Annual administration report of the Bombay Presidency - 1887-1892
Year: 1887
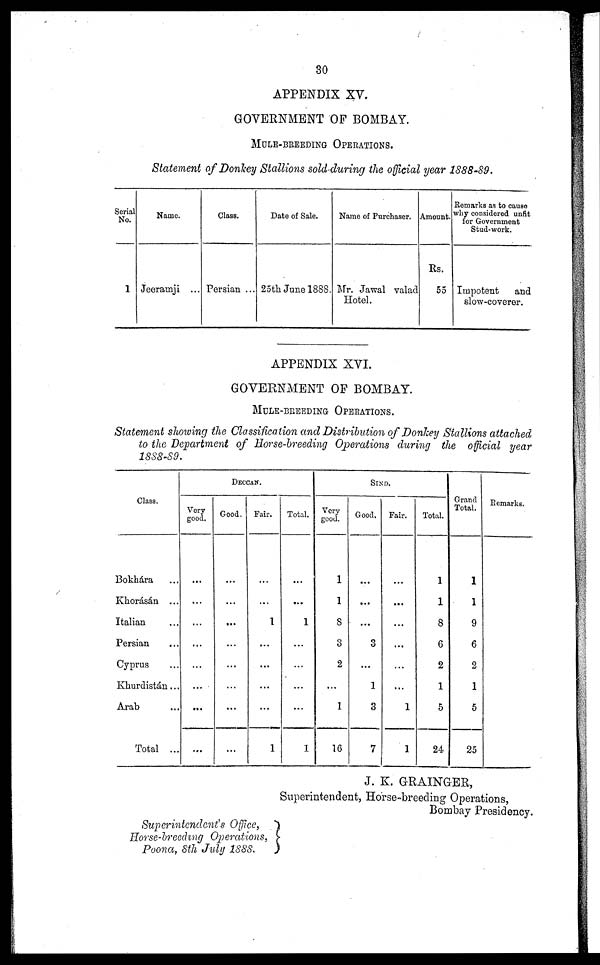
30
APPENDIX XV.
GOVERNMENT OF BOMBAY.
MULE-BREEDING OPERATIONS.
Statement of Donkey Stallions sold-during the official year 1888-89.
Serial
No.
1
Name.
Jeeramji ...
Class.
Persian ...
Date of Sale.
25th June 1888.
Name of Purchaser.
Mr. Jawal valad
Hotel.
Amount.
Rs.
55
Remarks as to cause
why considered unfit
for Government
Stud-work.
Impotent
and
slow-coverer.
APPENDIX XVI.
GOVERNMENT OF BOMBAY.
MULE-BREEDING OPERATIONS.
Statement showing the Classification and Distribution of Donkey Stallions attached
to the Department of Horse-breeding Operations during the official year
1888-89.
Class.
Bokhára ...
Khorásán ...
Italian ...
Persian ...
Cyprus ...
Khurdistán ...
Arab ...
Total ...
DECCAN.
Very
good.
...
...
...
...
...
...
...
...
Good.
...
...
...
...
...
...
...
...
Fair.
...
...
1
...
...
...
...
1
Total.
...
...
1
...
...
...
...
1
SIND.
Very
good.
1
1
8
3
2
...
1
16
Good.
...
...
...
3
...
1
3
7
Fair.
...
...
...
...
...
...
1
1
Total.
1
1
8
6
2
1
5
24
Grand
Total.
1
1
9
6
2
1
5
25
Remarks.
J. K. GRAINGER,
Superintendent, Horse-breeding Operations,
Bombay Presidency.
Superintendent's Office,
Horse-breeding Operations,
Poona, 8th July 1888.